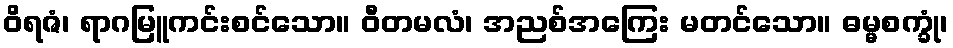
ဝိရဇံ၊ ရာဂမြူကင်းစင်သော။ ဝီတမလံ၊ အညစ်အကြေး မတင်သော။ ဓမ္မစက္ခုံ၊